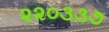
૨૨૦૩૩૭